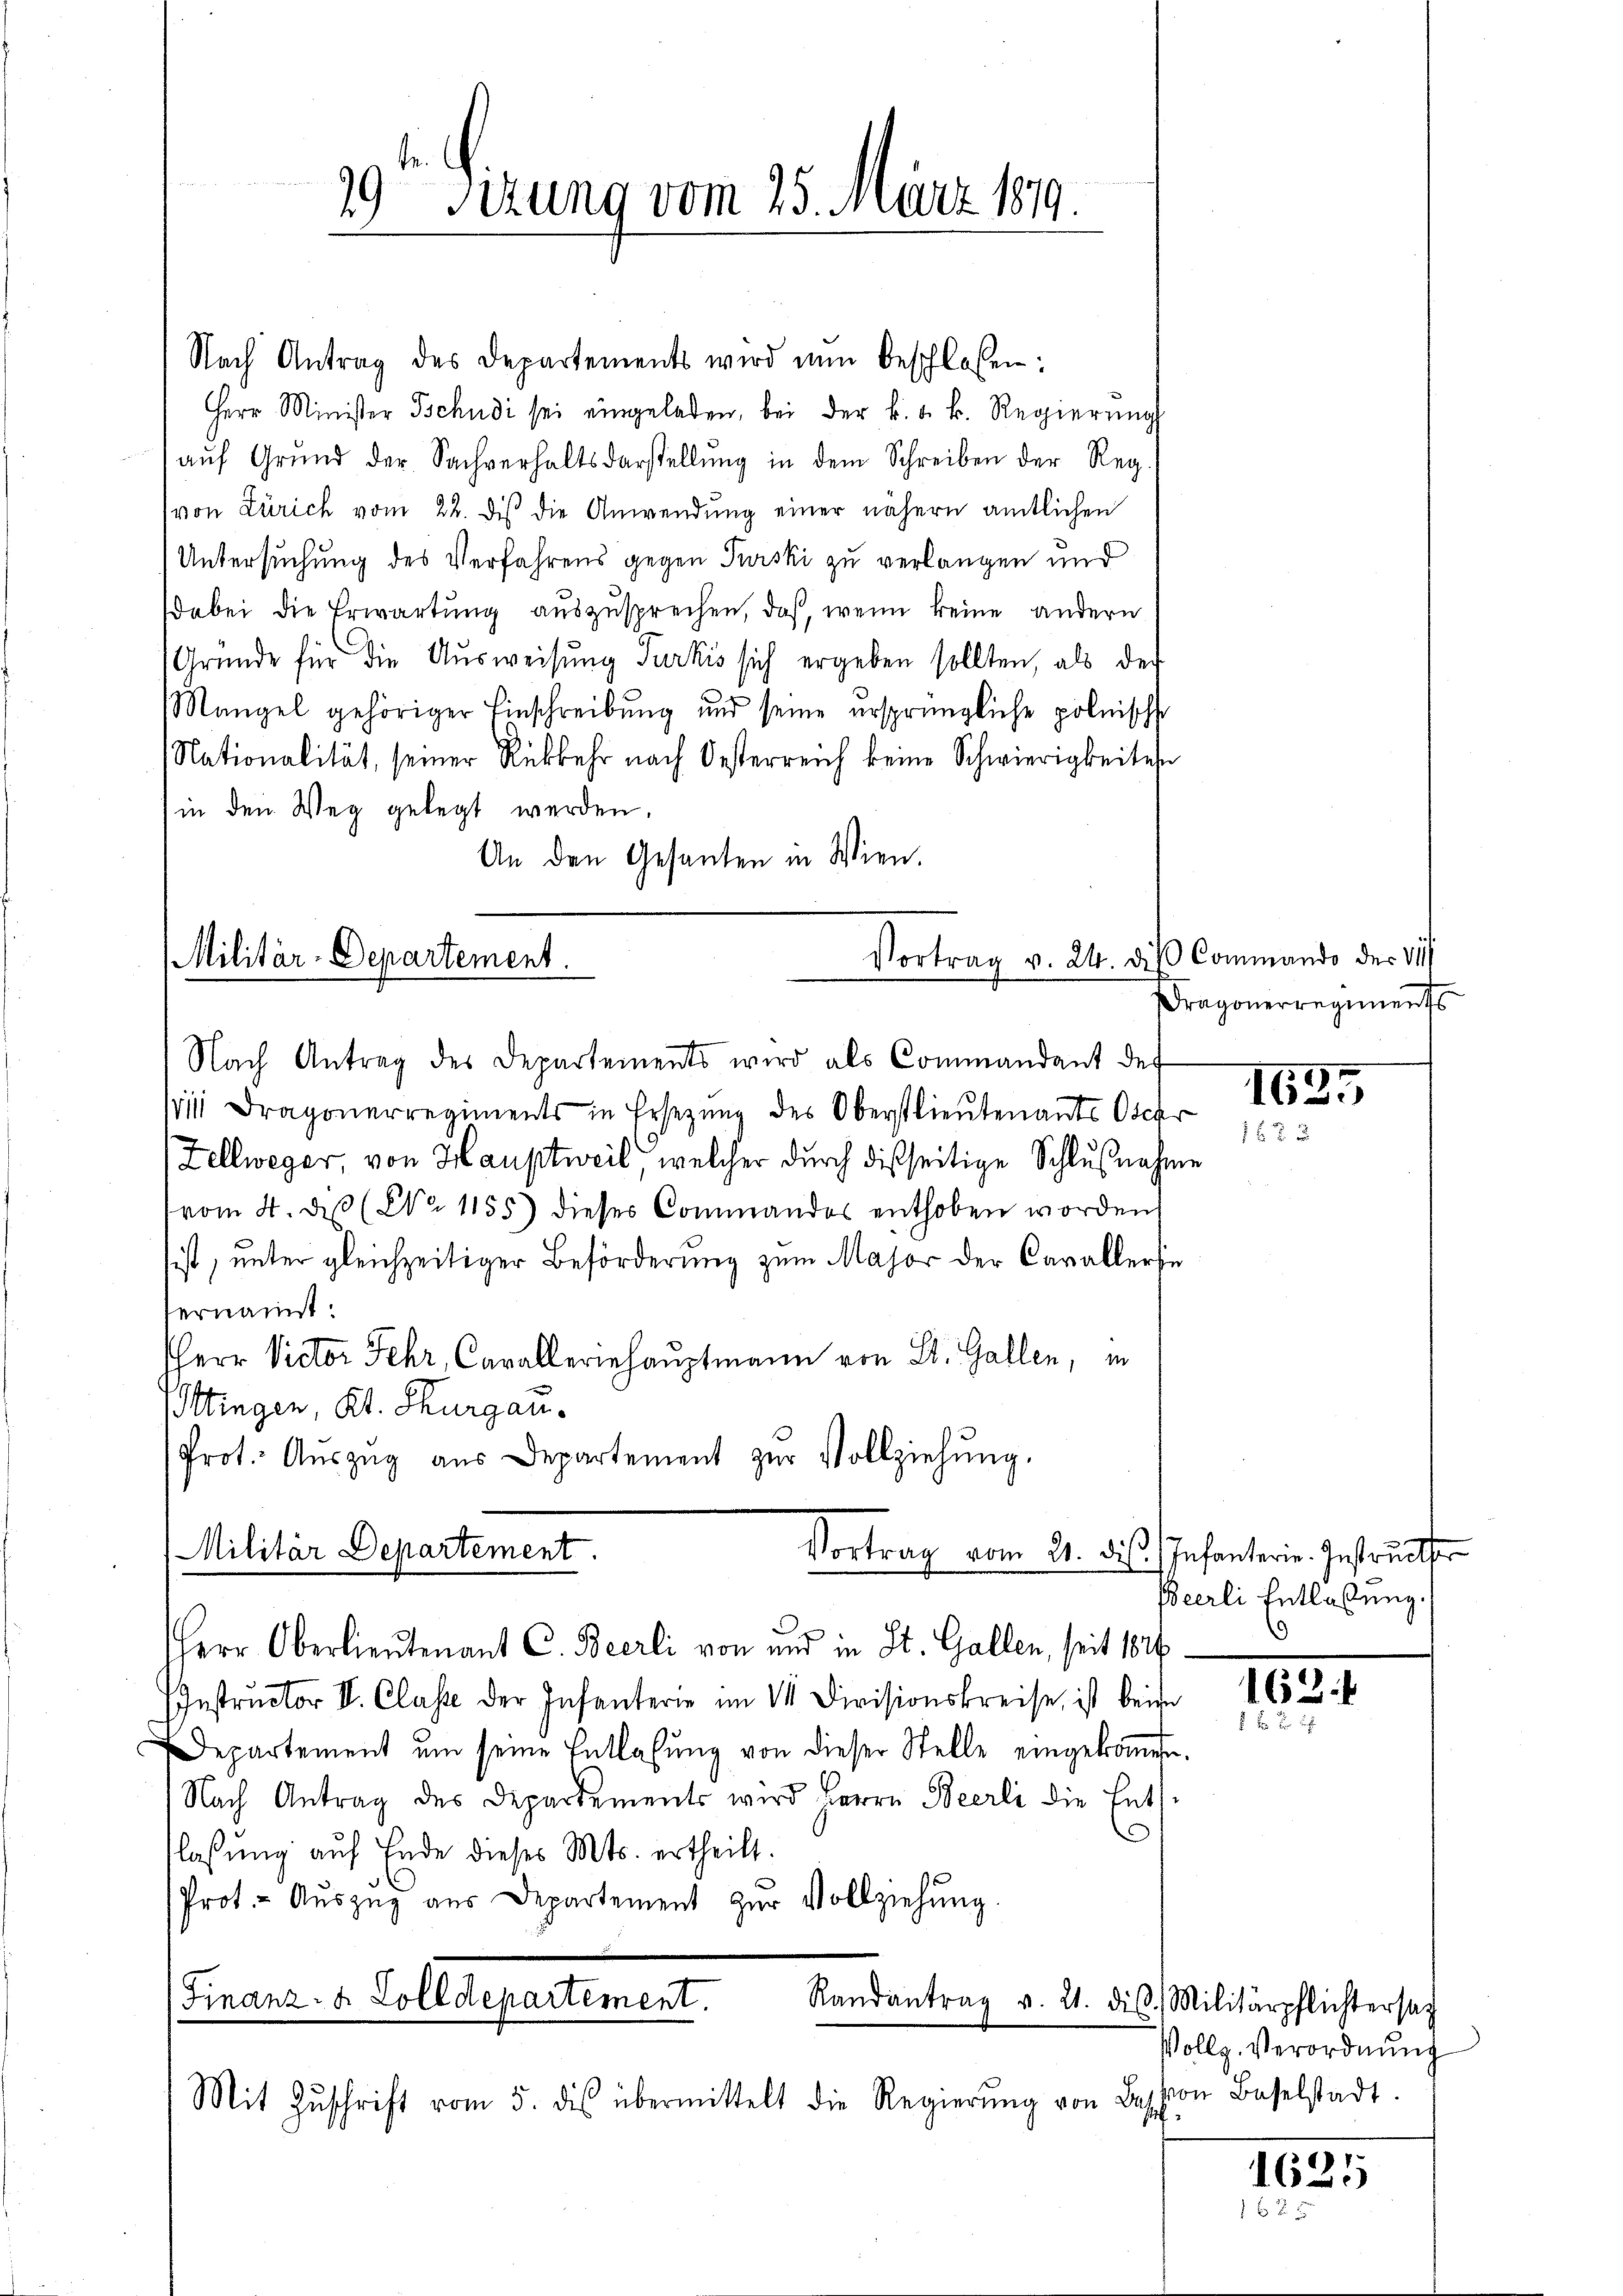
19ten Sizung vom 25. März 189.

Nach Antrag des Departements wird nun beschlossen:
Herr Minister Tschudi sei eingeladen, bei der k. k. k. Regierung
aŭf Grŭnd der Sachverhaltsdarstellŭng in dem Schreiben der Regvon Zürich vom 22. des die Anwendung einer nähern amtlichen
Untersuchung des Verfahrens gegen Purski zu verlangen und
dabei die Erwartung auszusprechen, daß, wenn keine andern
Gründe für die Ausweisung Furkis sich ergeben sollten, als der
Mangel gehöriger Einschreibung und seine ersprüngliche polnische
Nationalität, seiner Rückkehr nach Oesterreich keine Schwierigkeiten
in den Weg gelegt werden.
An den Gesanten in Wien.

Militär-Departement.
.
Nach Antrag des Departements wird als Commandant des

i1 Dragonerregiments in Ersezung des Oberstlieutenants Oschr
Zellweger, von Hauptweil, welcher durch dießseitige Schlußnahme
vom 4. De (Nr. 1155) dieses Commandes enthoben worden
sist, unter gleichzeitiger Beförderung zum Major der Cavallerse
ernannt:
HHerr Victor Fehr, Cavalleriehauptmann von St. Gallen, in
Ittingen, Kt. Thurgau.
Prot. Aŭszŭg aŭs Departement zŭr Vollziehŭng.

Vortrag v. 24. die Commando der 111

Militär Departement

Oberlieutenant C. Beerli von und in St. Gallen, seit 1816.
Instructor II. Classe der Infanterie im III Divisionskreise, ist beim
Departement ŭm seine Entlasŭng von dieser Stelle eingekoṁen.
Nach Antrag des Departements wird Herrn Beerli die Ents
flassung auf Ende dieses Mts. ertheilt.
Prot. - Aŭszŭg aŭs Departement zŭr Vollziehŭng.
Finanz- u. Zolldepartement.
Randantrag v. 21. diβ Militärpflichtersag

Mit Zŭschrift vom 5. des übermittelt die Regierung von Besch

Vortrag vom 21. die Infanterie-Instructor

Dragonerregiments

1635
1 f 23

Beerli Entlaßung.

162.

Vollg. Verordnung
von Baselstadt

1625
162 x